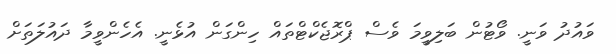
ވައުދު ވަނީ. ވޯޓުން ބަލިވީމަ ވެސް ޕްރޮޖެކްޓްތައް ހިންގަން އުޅެނީ. އެހެންވީމާ ދައުލަތަށް